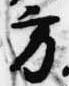
方